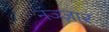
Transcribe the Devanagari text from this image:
नज्ज़ार